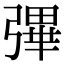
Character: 彃